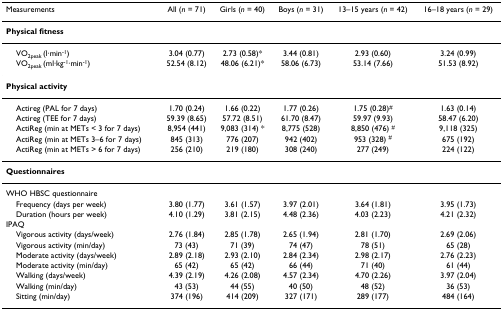
<table><thead><tr><td><b>Measurements</b></td><td><b>All (<i>n </i>= 71)</b></td><td><b>Girls (<i>n </i>= 40)</b></td><td><b>Boys (<i>n </i>= 31)</b></td><td><b>13–15 years (<i>n </i>= 42)</b></td><td><b>16–18 years (<i>n </i>= 29)</b></td></tr></thead><tbody><tr><td><b>Physical fitness</b></td><td></td><td></td><td></td><td></td><td></td></tr><tr><td> VO<sub>2peak </sub>(l·min<sup>-1</sup>)</td><td>3.04 (0.77)</td><td>2.73 (0.58)*</td><td>3.44 (0.81)</td><td>2.93 (0.60)</td><td>3.24 (0.99)</td></tr><tr><td> VO<sub>2peak </sub>(ml·kg<sup>-1</sup>·min<sup>-1</sup>)</td><td>52.54 (8.12)</td><td>48.06 (6.21)*</td><td>58.06 (6.73)</td><td>53.14 (7.66)</td><td>51.53 (8.92)</td></tr><tr><td><b>Physical activity</b></td><td></td><td></td><td></td><td></td><td></td></tr><tr><td> Actireg (PAL for 7 days)</td><td>1.70 (0.24)</td><td>1.66 (0.22)</td><td>1.77 (0.26)</td><td>1.75 (0.28)<sup>#</sup></td><td>1.63 (0.14)</td></tr><tr><td> Actireg (TEE for 7 days)</td><td>59.39 (8.65)</td><td>57.72 (8.51)</td><td>61.70 (8.47)</td><td>59.97 (9.93)</td><td>58.47 (6.20)</td></tr><tr><td> ActiReg (min at METs &lt; 3 for 7 days)</td><td>8,954 (441)</td><td>9,083 (314) *</td><td>8,775 (528)</td><td>8,850 (476) <sup>#</sup></td><td>9,118 (325)</td></tr><tr><td> ActiReg (min at METs 3–6 for 7 days)</td><td>845 (313)</td><td>776 (207)</td><td>942 (402)</td><td>953 (328) <sup>#</sup></td><td>675 (192)</td></tr><tr><td> ActiReg (min at METs &gt; 6 for 7 days)</td><td>256 (210)</td><td>219 (180)</td><td>308 (240)</td><td>277 (249)</td><td>224 (122)</td></tr><tr><td><b>Questionnaires</b></td><td></td><td></td><td></td><td></td><td></td></tr><tr><td>WHO HBSC questionnaire</td><td></td><td></td><td></td><td></td><td></td></tr><tr><td> Frequency (days per week)</td><td>3.80 (1.77)</td><td>3.61 (1.57)</td><td>3.97 (2.01)</td><td>3.64 (1.81)</td><td>3.95 (1.73)</td></tr><tr><td> Duration (hours per week)</td><td>4.10 (1.29)</td><td>3.81 (2.15)</td><td>4.48 (2.36)</td><td>4.03 (2.23)</td><td>4.21 (2.32)</td></tr><tr><td>IPAQ</td><td></td><td></td><td></td><td></td><td></td></tr><tr><td> Vigorous activity (days/week)</td><td>2.76 (1.84)</td><td>2.85 (1.78)</td><td>2.65 (1.94)</td><td>2.81 (1.70)</td><td>2.69 (2.06)</td></tr><tr><td> Vigorous activity (min/day)</td><td>73 (43)</td><td>71 (39)</td><td>74 (47)</td><td>78 (51)</td><td>65 (28)</td></tr><tr><td> Moderate activity (days/week)</td><td>2.89 (2.18)</td><td>2.93 (2.10)</td><td>2.84 (2.34)</td><td>2.98 (2.17)</td><td>2.76 (2.23)</td></tr><tr><td> Moderate activity (min/day)</td><td>65 (42)</td><td>65 (42)</td><td>66 (44)</td><td>71 (40)</td><td>61 (44)</td></tr><tr><td> Walking (days/week)</td><td>4.39 (2.19)</td><td>4.26 (2.08)</td><td>4.57 (2.34)</td><td>4.70 (2.26)</td><td>3.97 (2.04)</td></tr><tr><td> Walking (min/day)</td><td>43 (53)</td><td>44 (55)</td><td>40 (50)</td><td>48 (52)</td><td>36 (53)</td></tr><tr><td> Sitting (min/day)</td><td>374 (196)</td><td>414 (209)</td><td>327 (171)</td><td>289 (177)</td><td>484 (164)</td></tr></tbody></table>